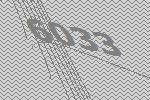
6033